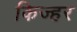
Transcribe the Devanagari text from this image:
किज्हर